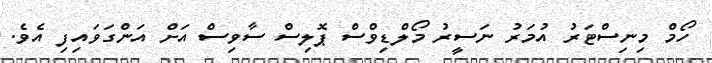
ހޯމް މިނިސްޓަރު އުމަރު ނަސީރު މޯލްޑިވްސް ޕޮލިސް ސާވިސް އަށް އަންގަވައިފި އެވެ.